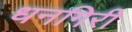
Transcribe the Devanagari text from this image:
धनगिरी